Medical and sanitary report of the native army of Bengal for the year
Year: 1877
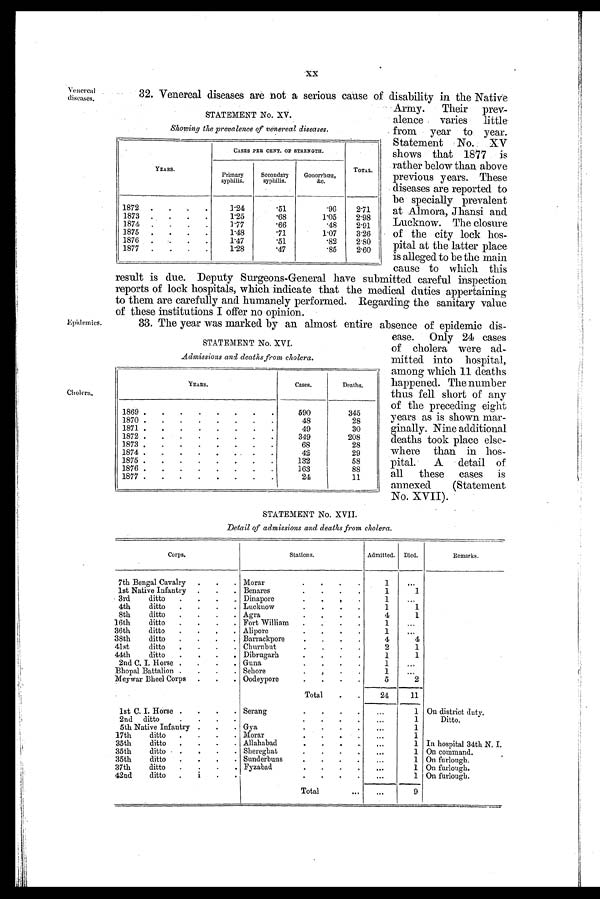
Showing the prevalence of venereal diseases.
YEARS.
CASES PER CENT. OF STRENGTH.
TOTAL.
Primary
syphilis.
Secondary
syphilis.
Gonorrhoea,
& c .
1872
1 . 2 4
. 5 1
. 9 6
2 . 7 1
1873
1 . 2 5
. 6 8
1 . 0 5
2 . 9 8
1874
1 . 7 7
. 6 6
. 4 8
2 . 9 1
1875
1 . 4 8
. 7 1
1 . 0 7
3 . 2 6
1876
1 . 4 7
. 5 1
. 8 2
2 . 8 0
1877
1 . 2 8
. 4 7
. 8 5
2 . 6 0
XX
Venereal
diseases.
Epidemies.
Cholera.
32. Venereal diseases are not a serious cause of disability in the Native
Army.
Their prev-
alence varies little
from year to year.
Statement No. XV
shows that 1877 is
rather below than above
previous years. These
diseases are reported to
be specially prevalent
at Almora, Jhansi and
Lucknow. The closure
of the city lock hos-
pital at the latter place
is alleged to be the main
cause to which this
result is due. Deputy Surgeons-General have submitted careful inspection
reports of lock hospitals, which indicate that the medical duties appertaining
to them are carefully and humanely performed. Regarding the sanitary value
o f t h e s e i n s t i t u t i o n s I o f f e r n o o p i n i o n .
STATEMENT No. XVI.
Admissions and deaths from cholera.
YEARS.
Cases.
Deaths.
1869
5 9 0
3 4 5
1870
4 8
2 8
1871
4 9
3 0
1872
3 4 9
2 0 8
1873
6 8
2 8
1874
4 2
2 9
1875
1 3 2
5 8
1876
1 6 3
8 8
1877
2 4
1 1
STATEMENT No. XVII.
Detail of admissions and deaths from cholera.
Corps.
Stations.
Admitted. Died.
Remarks.
7th Bengal Cavalry
Morar
1
. . .
1st Native Infantry
Benares
1
1
3rd ditto
Dinapore
1
. . .
4th ditto
Lucknow
1
1
8th ditto
Agra
4
1
16th ditto
Fort William
1
. . .
36th ditto
Alipore
1
. . .
38th ditto
Barrackpore
4
4
41st ditto
Churnbut
2
1
44th ditto
Dibrugarh
1
1
2nd C.I. Horse
Guna
1
. . .
Bhopal Battalion
Sehore
1
. . .
Meywar Bheel Corps
Oodeypore
5
2
Total
2 4
1 1
1st C.I.Horse
Serang
. . .
1 On district duty.
2nd ditto
. . .
1
D i t t o .
5th Native Infantry
Gya
. . .
1
17th ditto
Marar
. . .
1
35th ditto
Allahabad
. . .
1 In hospital 34th N.I
35th ditto
S h e r e g h a t
. . .
1 On command.
35th ditto
Sunderbuns
. . .
1 On furlough.
37th ditto
Fyzabad
. . .
1 On furlough.
42nd ditto
. . .
1 On furlough.
T o t a l
. . .
9
STATEMENT No. XV.
33. The year was marked by an almost entire absence of epidemic dis-
ease. Only 24 cases
of cholera were ad-
mitted into hospital,
among which 11 deaths
happened. The number
thus fell short of any
of the preceding eight
years as is shown mar-
ginally. Nine additional
deaths took place else-
where than in hos-
pital. A detail of
all these cases is
annexed (Statement
No. XVII).